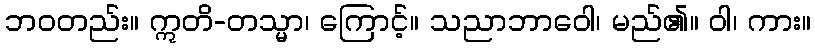
ဘဝတည်း။ ဣတိ-တသ္မာ၊ ကြောင့်။ သညာဘာဝေါ၊ မည်၏။ ဝါ၊ ကား။